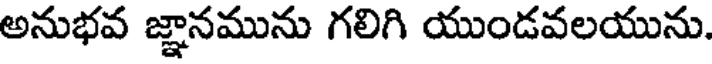
అనుభవ జ్ఞానమును గలిగి యుండవలయును.